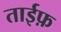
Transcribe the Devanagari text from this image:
ताईफ़